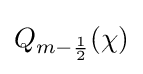
Q_{m-{\frac {1}{2}}}(\chi )